Annual returns of the Patna Lunatic Asylum at Bankipore in Bihar and Orissa - 1912-1924
Year: 1912
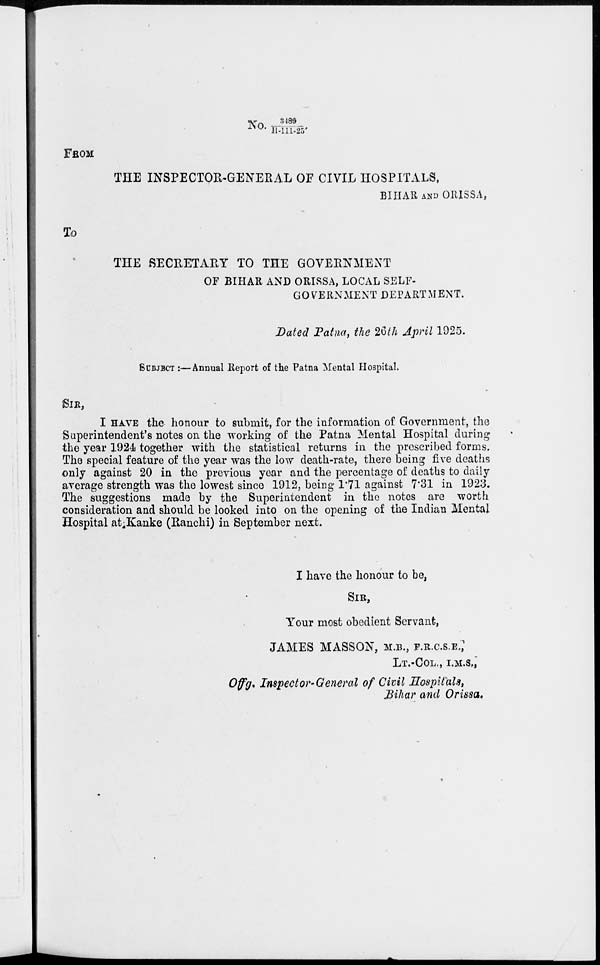
No
3489/ H- 111- 25.
FROM
THE INSPECTOR-GENERAL OF CIVIL HOSPITALS,
BIHAR AND ORISSA,
To
THE SECRETARY TO THE GOVERNMENT
OF BIHAR AND ORISSA, LOCAL SELF-
GOVERNMENT DEPARTMENT.
Dated Patna, the 26th April 1925.
SUBJECT :—Annual Report of the Patna Mental Hospital.
SIR,
I HAVE the honour to submit, for the information of Government, the
Superintendent's notes on the working of the Patna Mental Hospital during
the year 1924 together with the statistical returns in the prescribed forms.
The special feature of the year was the low death-rate, there being five deaths
only against 20 in the previous year and the percentage of deaths to daily
average strength was the lowest since 1912, being 1.71 against 7.31 in 1923.
The suggestions made by the Superintendent in the notes are worth
consideration and should be looked into on the opening of the Indian Mental
Hospital at Kanke (Ranchi) in September next.
I have the honour to be,
SIR,
Your most obedient Servant,
JAMES MASSON, M.B., F.R.C.S.E.,
LT.-COL., I.M.S.,
Offg. Inspector-General of Civil Hospitals,
Bihar and Orissa.